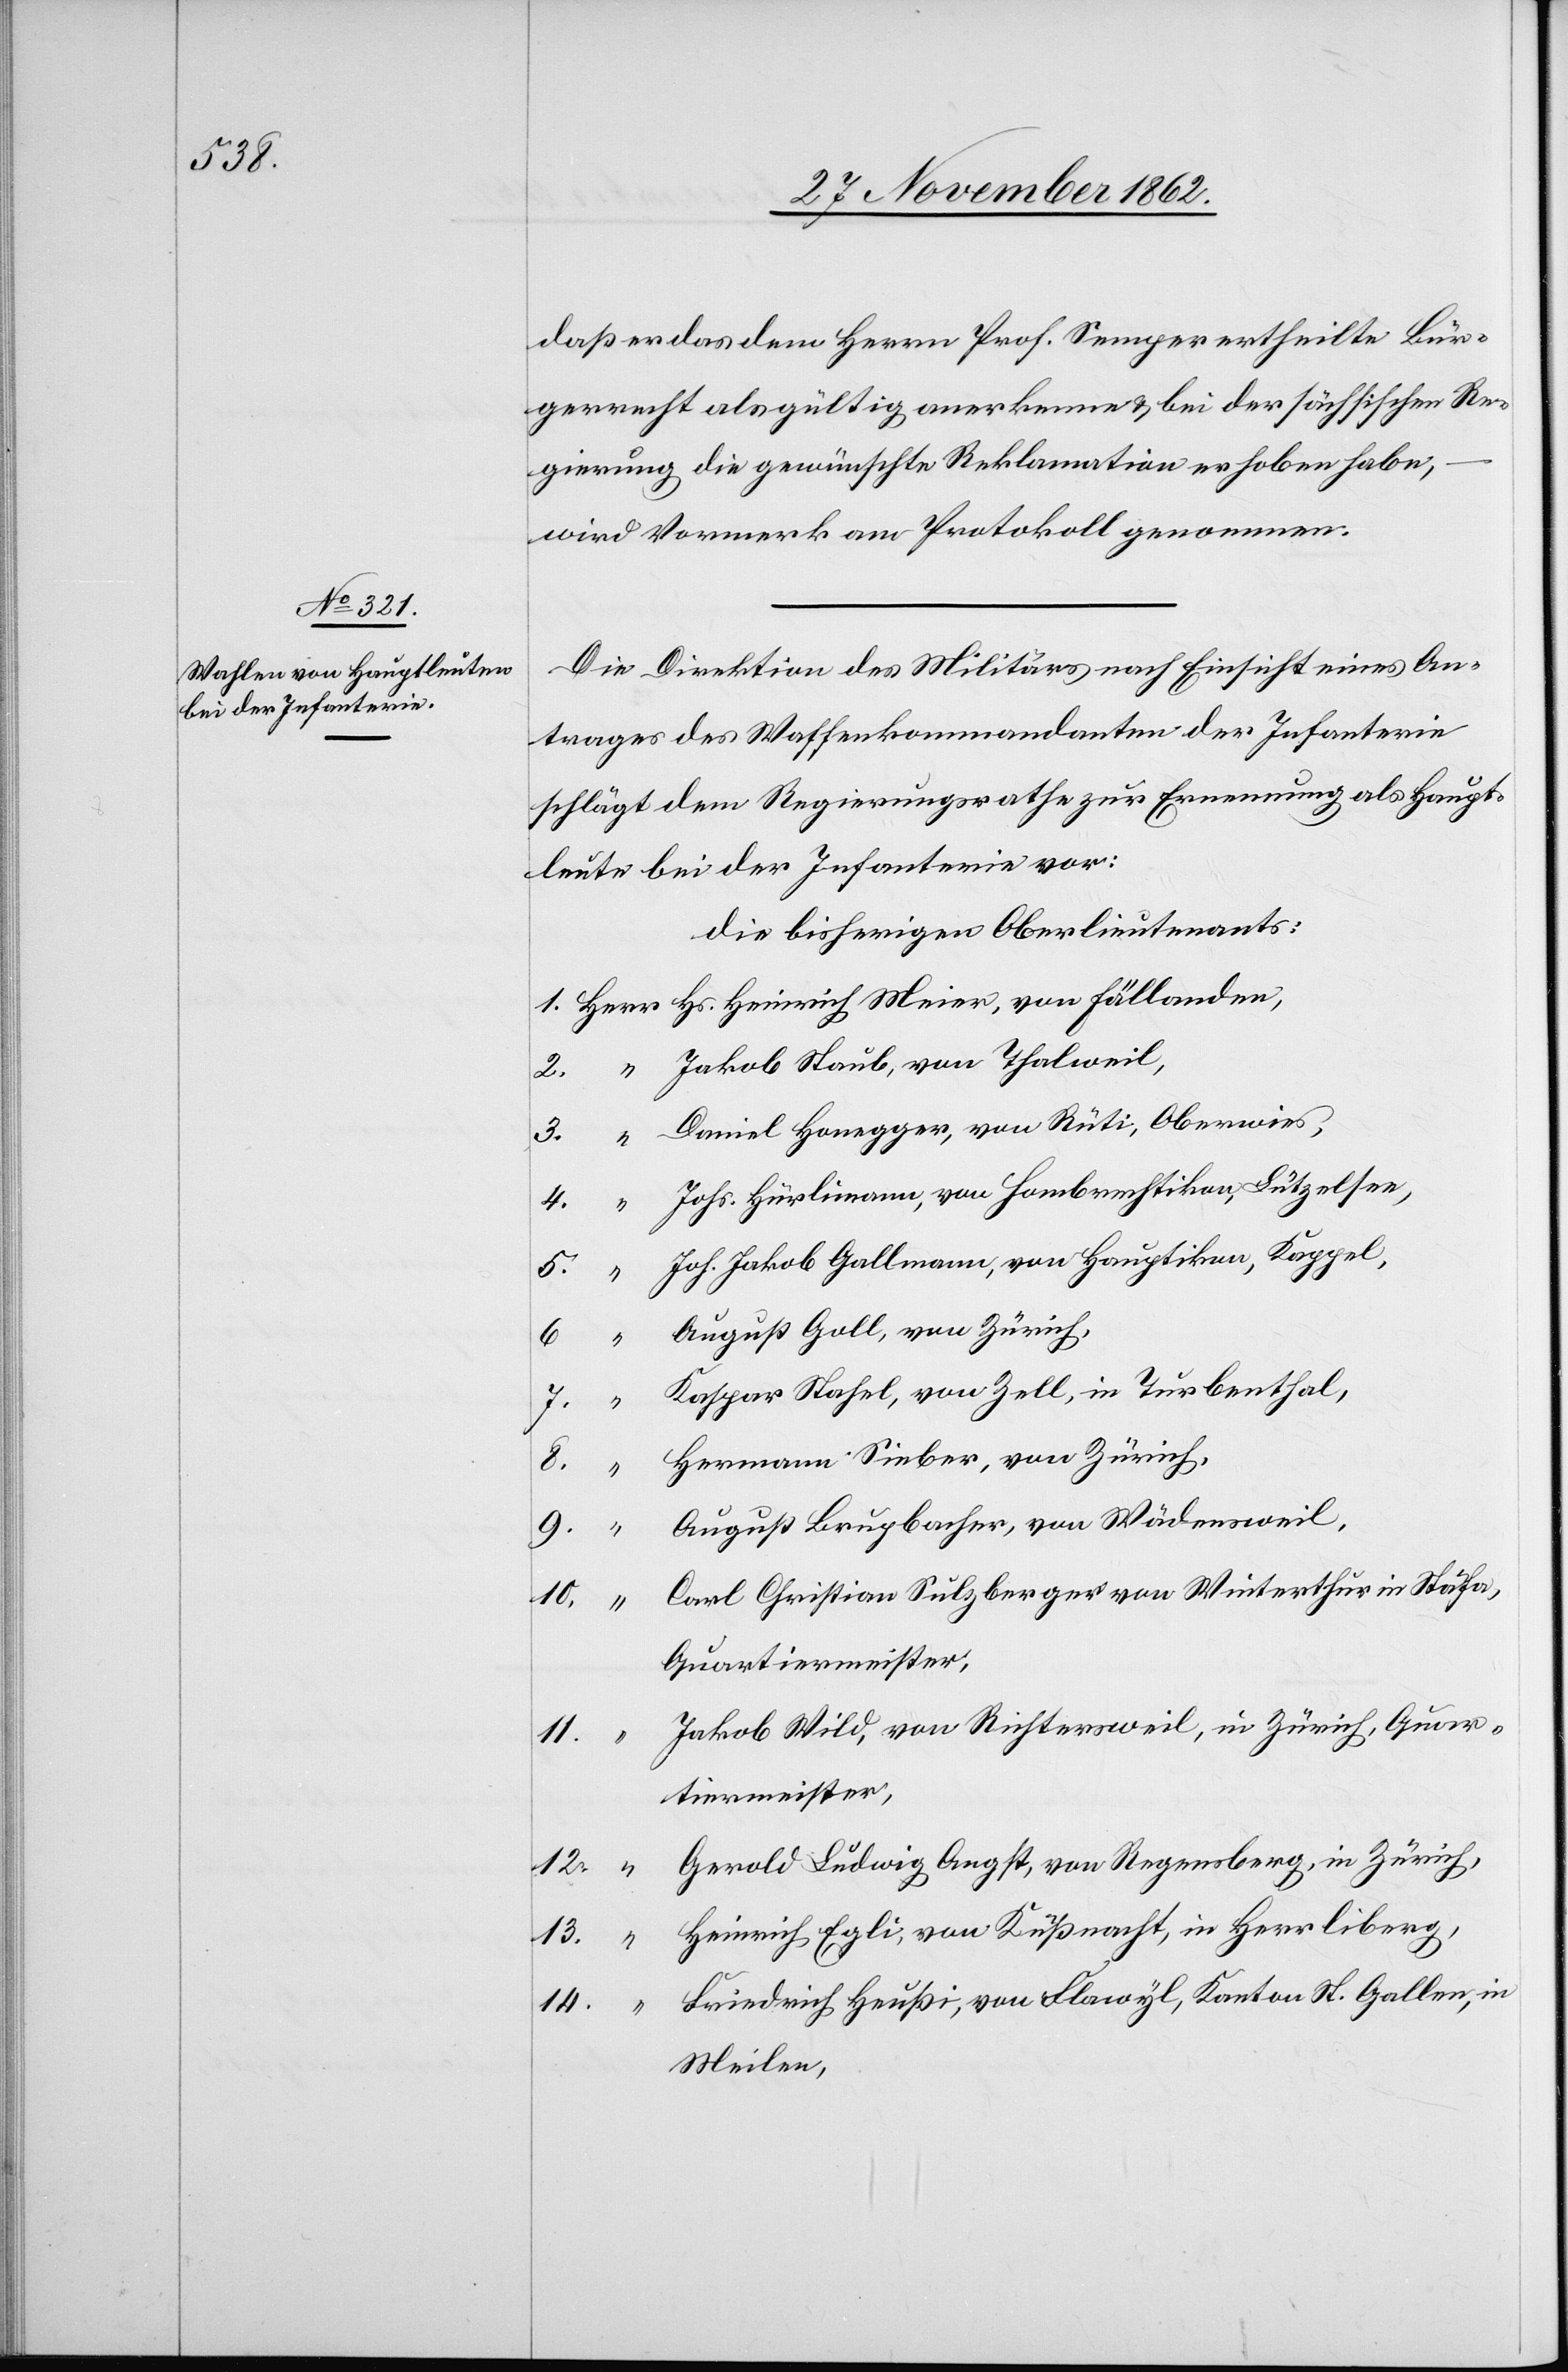
daß er das dem Herrn Prof. Semper ertheilte Bür¬
gerrecht als gültig anerkenne u. bei der sächsischen Re¬
gierung die gewünschte Reklamation erhoben habe,
wird Vormerk am Protokoll genommen.
Die Direktion des Militärs nach Einsicht eines An¬
trages des Waffenkommandanten der Infanterie
schlägt dem Regierungsrathe zur Ernennung als Haupt¬
leute bei der Infanterie vor:
die bisherigen Oberlieutenants:
Jakob Staub, von Thalweil,
Daniel Honegger, von Rüti, Oberwies,
3.
Johs. Hürlimann, von Hombrechtikon, Lützelsee,
Joh. Jakob Gallmann, von Hauptikon, Kappel,
6.
August Goll, von Zürich,
Kaspar Stahel, von Zell, in Turbenthal,
8.
“
Hermann Sieber, von Zürich,
5.
August Brupbacher, von Wädensweil,
9.
“
Carl Christian Sulzberger von Winterthur in Stäfa,
11.
Quartiermeister,
Jakob Wild, von Richtersweil, in Zürich, Quar¬
4.
“
tiermeister,
Gerold Ludwig Angst, von Regensberg, in Zürich,
13.
Heinrich Egli, von Küßnacht, in Herrliberg,
Friedrich Heußi, von Flawyl, Kanton St. Gallen, in
14.
Meilen,